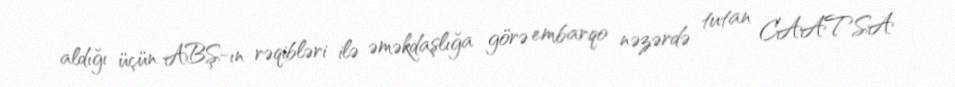
aldığı üçün ABŞ-ın rəqibləri ilə əməkdaşlığa görə embarqo nəzərdə tutan CAATSA